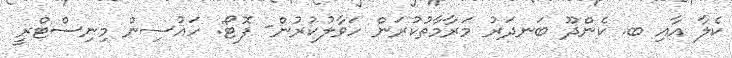
ކެލާ އާއި ބ. ކެންދޫ ބަނދަރު މަރާމާތުކުރަން ހަވާލުކުރުން- ފޮޓޯ: ހައުސިން މިނިސްޓްރީ